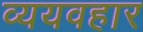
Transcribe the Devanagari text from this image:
व्ययवहार